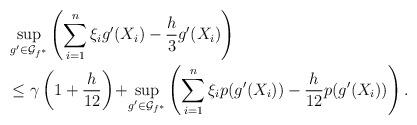
LaTeX: \begin{align*}&\sup\limits_{g' \in\mathcal{G}_{f^{*}}}\left(\sum\limits_{i = 1}^{n}\xi_{i}g'(X_{i}) - \frac{h}{3}g'(X_i)\right) \\&\le \gamma\left(1 + \frac{h}{12}\right)\!+\!\sup\limits_{g' \in\mathcal{G}_{f^{*}}}\left(\sum\limits_{i = 1}^{n}\xi_{i}p(g'(X_{i})) - \frac{h}{12}p(g'(X_i))\right). \end{align*}